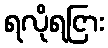
ရလိုရငြား